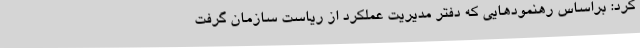
کرد: براساس رهنمودهایی که دفتر مدیریت عملکرد از ریاست سازمان گرفت